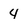
Character: 4